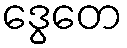
ဒွေတေ